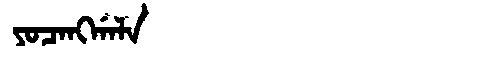
Manchu: ᠶᠣᠴᠠᠩᡤᠠᠯᠠ
Romanization: YOCANGGALA